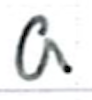
Text: a
Cross-out: clean
Writing tool: ballpoint